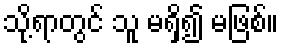
သို့ရာတွင် သူ မရှိ၍ မဖြစ်။